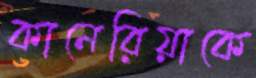
কানেরিয়াকে